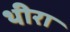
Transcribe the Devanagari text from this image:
थीरा